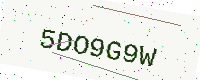
Text: 5DO9G9W